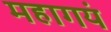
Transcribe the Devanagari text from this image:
महागयं